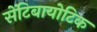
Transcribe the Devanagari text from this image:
सेंटिबायोटिक